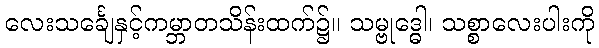
လေးသင်္ချေနှင့်ကမ္ဘာတသိန်းထက်၌။ သမ္ဗုဒ္ဓေါ၊ သစ္စာလေးပါးကို